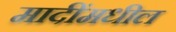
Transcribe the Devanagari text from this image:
मादींमधील